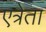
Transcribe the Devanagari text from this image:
एत्रेता